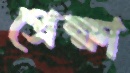
প্রেক্ষা